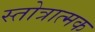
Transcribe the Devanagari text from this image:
स्तोत्रात्मक